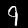
Label: 9